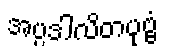
အပ္ပဒါလိတပုဗ္ဗံ